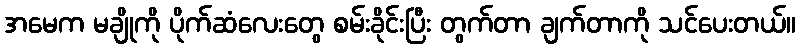
အမေက မချိုကို ပိုက်ဆံလေးတွေ စမ်းခိုင်းပြီး တွက်တာ ချက်တာကို သင်ပေးတယ်။